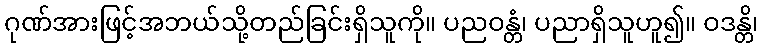
ဂုဏ်အားဖြင့်အဘယ်သို့တည်ခြင်းရှိသူကို။ ပညဝန္တံ၊ ပညာရှိသူဟူ၍။ ဝဒန္တိ၊